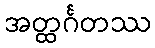
အတ္ထင်္ဂတဿ